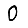
Digit: 0